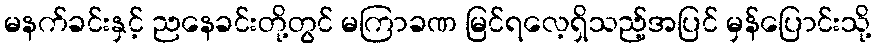
မနက်ခင်းနှင့် ညနေခင်းတို့တွင် မကြာခဏ မြင်ရလေ့ရှိသည့်အပြင် မှန်ပြောင်းသို့